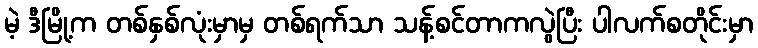
မဲ့ ဒီမြို့က တစ်နှစ်လုံးမှာမှ တစ်ရက်သာ သန့်စင်တာကလွဲပြီး ပါလက်စတိုင်းမှာ